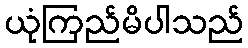
ယုံကြည်မိပါသည်